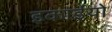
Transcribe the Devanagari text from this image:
इकाईयो